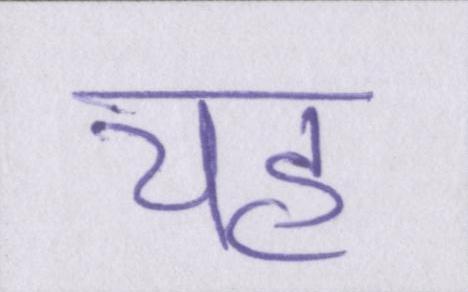
यह्